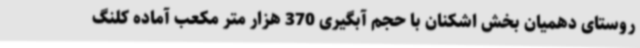
روستای دهمیان بخش اشکنان با حجم آبگیری 370 هزار متر مکعب آماده کلنگ